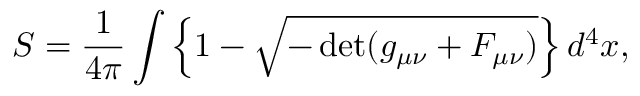
S = \frac { 1 } { 4 \pi } \int \left\{ 1 - \sqrt { - \operatorname * { d e t } ( g _ { \mu \nu } + F _ { \mu \nu } ) } \right\} d ^ { 4 } x ,